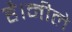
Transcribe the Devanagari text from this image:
है।नीले